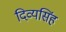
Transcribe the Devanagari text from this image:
दिव्यसिंह